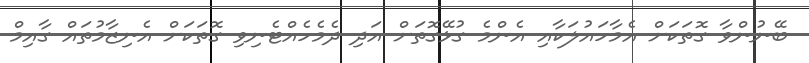
ބޭނުންވާ ގޮތަކަށް އެމާހައުލަކާއި އެންމެ ގުޅޭގޮތަށް އަދި ދެމެހެއްޓެނިވި ގޮތަކަށް އެނިޒާމުތައް ގާއިމް